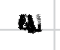
Text: a
Cross-out: zig-zag
Writing tool: digital_black